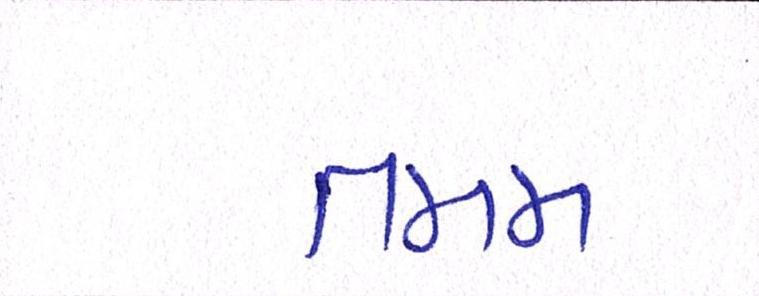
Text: તમમ